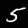
Label: 5